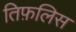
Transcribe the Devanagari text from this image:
तिफ़लिस